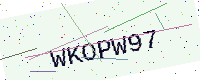
Text: WKOPW97